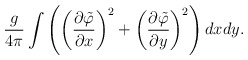
\begin{align*}\frac{g}{4\pi}\int\left(\left(\frac{\partial\tilde\varphi}{\partial x}\right)^2+ \left(\frac{\partial\tilde\varphi}{\partial y}\right)^2\right)dxdy.\end{align*}